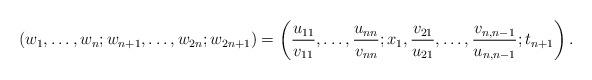
LaTeX: \begin{align*}(w_1,\dots, w_n; w_{n+1},\dots, w_{2n}; w_{2n+1}) =\left(\frac{u_{11}}{v_{11}},\dots ,\frac{u_{nn}}{v_{nn}};x_1,\frac{v_{21}}{u_{21}},\dots, \frac{v_{n,n-1}}{u_{n,n-1}};t_{n+1}\right).\end{align*}